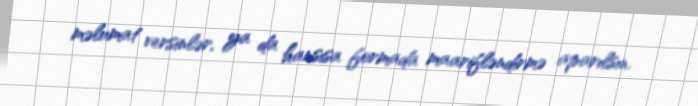
məlumat versinlər, ya da hansısa formada maarifləndirmə aparılsın.